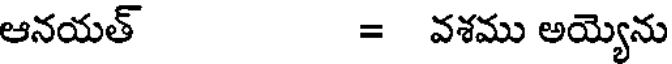
ఆనయత్ = వశము అయ్యెను